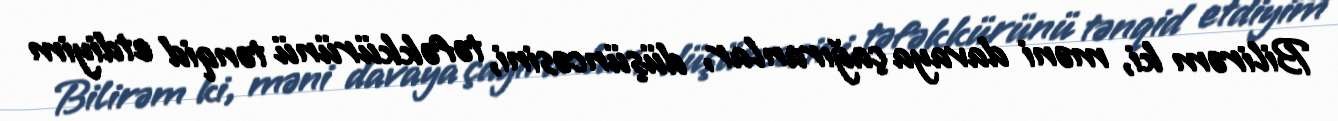
Bilirəm ki, məni davaya çağıranlar, düşüncəsini, təfəkkürünü tənqid etdiyim